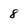
Character: 8